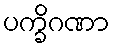
ပက္ခိဂဏာ